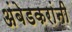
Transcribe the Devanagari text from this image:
अंबेडकरांनी